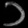
Digit: ၁